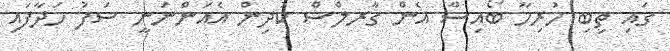
ގައި ތިބި ހުރިހާ ބޯއިސް އެން ގާރލްސް ކުދިން އެެއަންނަނީ ސަފު ހަދާފައި